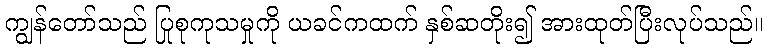
ကျွန်တော်သည် ပြုစုကုသမှုကို ယခင်ကထက် နှစ်ဆတိုး၍ အားထုတ်ပြီးလုပ်သည်။